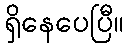
ရှိနေပေပြီ။